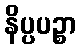
နိပ္ပပဉ္စာ